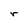
Character: r